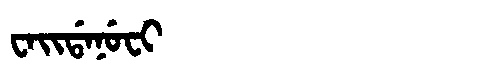
Manchu: ᠸᠠᡳᡩᠠᠨᡠᠸᡳ
Romanization: WAIDANUFI